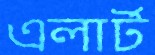
এলার্ট